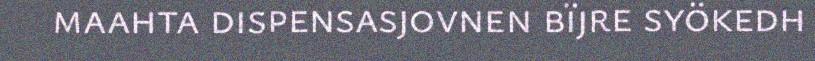
maahta dispensasjovnen bïjre syökedh